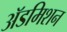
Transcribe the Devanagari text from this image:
अॅडमिशन